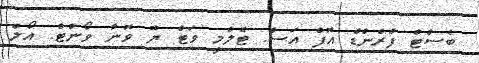
ބެސްޓް ފްރެންޑް އޮފް އަސް. ޓެލްމީ ވަޓް ޔޫ ވޮނާ ވޯންޓް. އޯލް